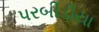
પરબીડીયા